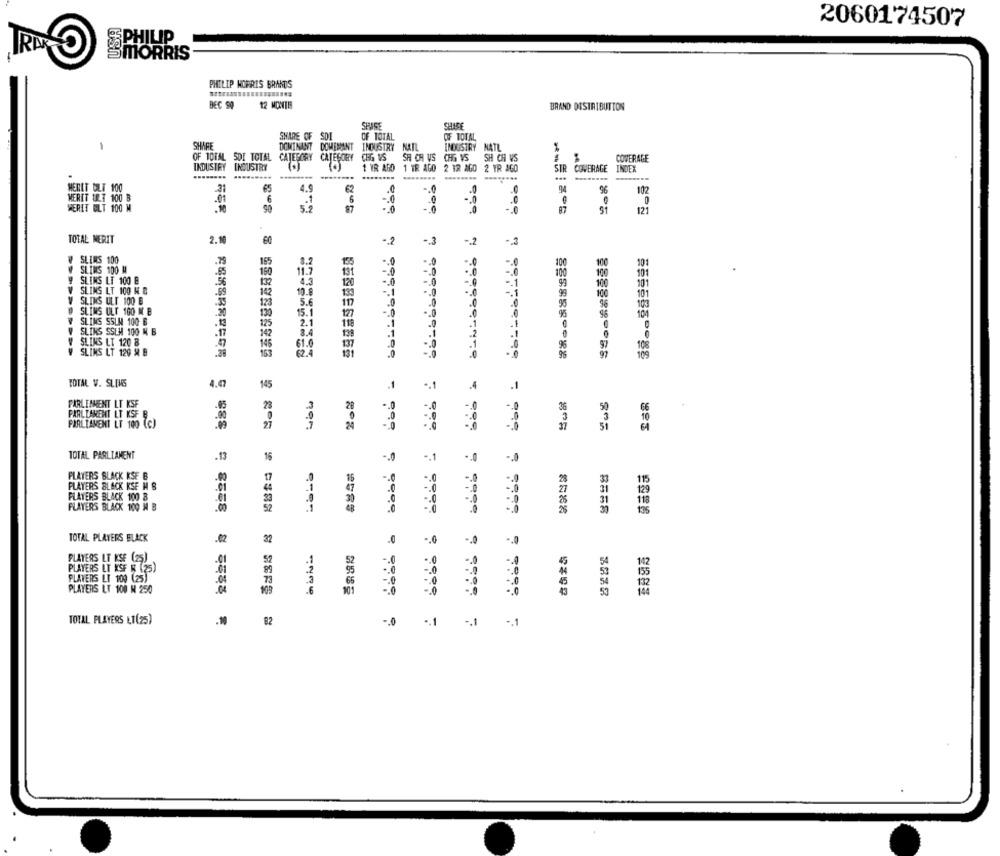
2060174507
SPHILIP
SMORRIS
PHILIP MORRIS BRANDS
BEC 99
12 MONTI
BRAND DISTRIBUTION
SHIGE
SHICE
SHARE OF SDI
OF TOTAL
OF TOTAL
1
SHARE
DOMINANT DOMEMANT INDUSTRY
INDUSTRY NATL
OF TOTAL SDE TOTAL CATEGORY CATEGORY
CHG VS
SH CH US CHG VS
SH CH VS
COVERAGE
INDUSTRY INDUSTRY
1 YR ABD
1 TR AGO
2 TR AGO
2 TR AGO
STR
COVERAGE INDEX
MERET ULT 100
21
65
4.5
96
102
.01
6
.1
MERIT ULT 100 B
-. 0
WERLT BLT 100 M
.10
90
87
91
121
TOTAL MERIT
2.10
60
-2
.. 3
.2
$800品新酒酒酒餅
SLIMS 100
165
8.2
-. 0
SLIMS 100 M
150
11.7
13
-3
SLIMS LT 100 E
4.3
12
-. 0
.1
SLING LT 100 H &
10.8
-. 0
SLINS ULT 100 E
5.6
123
.0
SLIMS ULT 100 M. B
130
15.1
10g
SLIMS SSLM 100 B
125
2.1
11
SLIKS SSEM 100 M. B
42
3.4
SLINS LT 120 8
146
61.0
137
SLIKS LT 120 & B
62.4
108
-. 0
109
TOTAL V. SLIMS
4.47
145
-. 1
.4
.1
PARLEMENT LT KSF
73
50
56
PARLIAMENT LT KSF B
.0
10
PRALTAMENT LT 100 (C)
TOTAL PARLIAMENT
.13
16
+.1
PLAYERS SLACK KSF B
-. 0
115
PLAYERS BLACK KSE M B
.01
129
PLAYERS BLACK 100 8
PLAYERS BLACK 100 M B
.00
TOTAL PLAYERS BLACK
32
.0
-. 0
-. 0
PLAYERS LT KSE (25)
52
-. 0
45
142
PLAYERS LT KSF N (25)
-. 0
155
PLAYERS LT 100 (25)
66
-. 0
PLAYERS LT 100 N 250
105
TOTAL PLAYERS LI(25)
.10
82
- 0
-. 1
-. 1